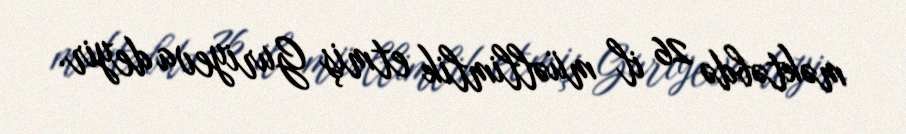
məktəbdə 26 il müəllimlik etmiş Guriyeva deyir.